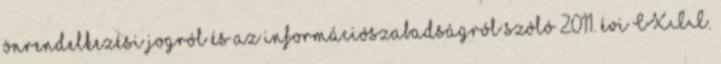
önrendelkezési jogról és az információszabadságról szóló 2011. évi CXII.